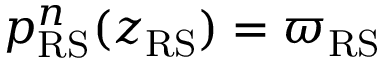
p _ { \mathrm { R S } } ^ { n } ( z _ { \mathrm { R S } } ) = \varpi _ { \mathrm { R S } }